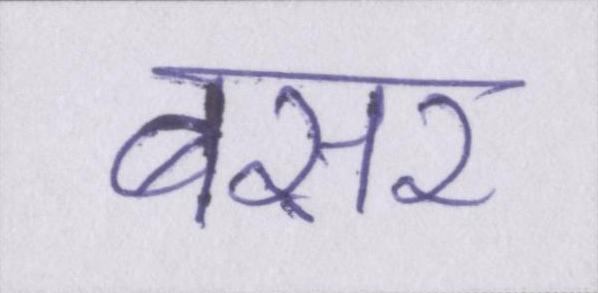
बसर